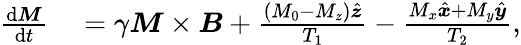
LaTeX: \begin{array}{rl}{\frac{\mathrm{d}\boldsymbol{M}}{\mathrm{d}t}}&{{}=\gamma\boldsymbol{M}\times\boldsymbol{B}+\frac{\left(M_{0}-M_{z}\right)\hat{\boldsymbol{z}}}{T_{1}}-\frac{M_{x}\hat{\boldsymbol{x}}+M_{y}\hat{\boldsymbol{y}}}{T_{2}},}\end{array}